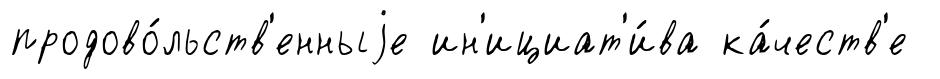
продово́льств'енныjе ин'ициат'и́ва ка́честв'е